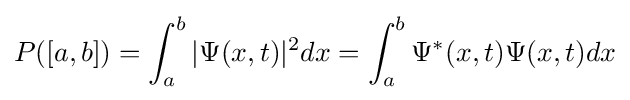
P([a,b])=\int _{a}^{b}|\Psi (x,t)|^{2}dx=\int _{a}^{b}\Psi ^{*}(x,t)\Psi (x,t)dx